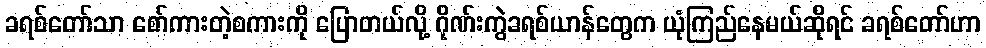
ခရစ်တော်သာ စော်ကားတဲ့စကားကို ပြောတယ်လို့ ဂိုဏ်းကွဲခရစ်ယာန်တွေက ယုံကြည်နေမယ်ဆိုရင် ခရစ်တော်ဟာ